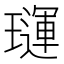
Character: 璭